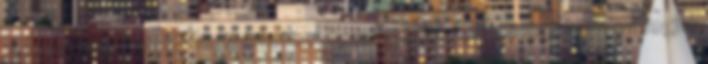
kell gondolkodnunk. Megígérhetem, hogy a tőlünk telhető legjobbunkat fogjuk